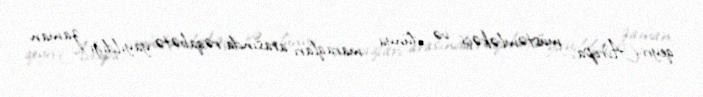
qeyri-Avropa, müstəmləkəçi və dünya maraqları arasında rəqabətə yayıldığı zaman